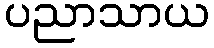
ပညာသာယ